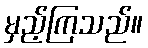
မှည့်ကြသည်။